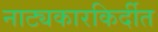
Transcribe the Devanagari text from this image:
नाट्यकारकिर्दीत